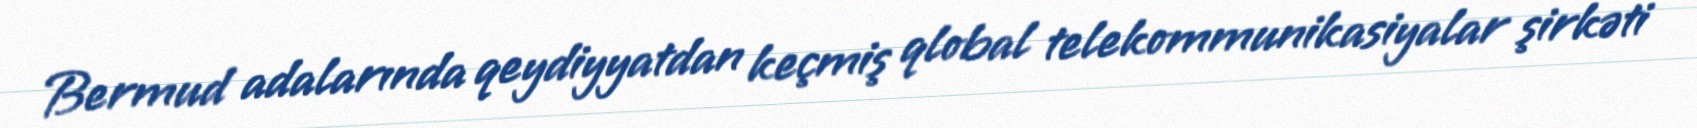
Bermud adalarında qeydiyyatdan keçmiş qlobal telekommunikasiyalar şirkəti